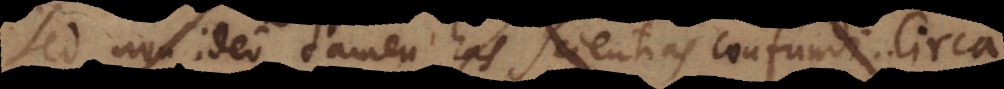
Sed non ideo tamen has scientias confundi. Circa